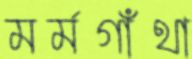
মর্মগাঁথা